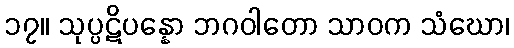
၁၇။ သုပ္ပဋိပန္နော ဘဂဝါတော သာဝက သံဃော၊